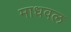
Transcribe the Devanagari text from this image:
माधवल